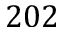
2 0 2